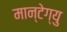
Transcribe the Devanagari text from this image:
मान्टेग्यु